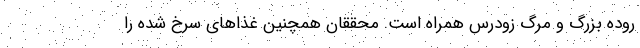
روده بزرگ و مرگ زودرس همراه است. محققان همچنین غذا‌های سرخ شده را